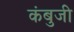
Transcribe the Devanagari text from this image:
कंबुजी